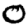
Digit: 0